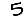
Digit: 5